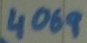
Text: 4069